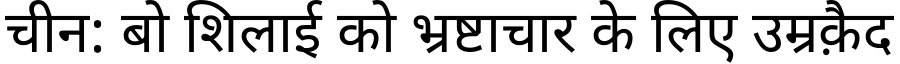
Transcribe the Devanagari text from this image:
चीन: बो शिलाई को भ्रष्टाचार के लिए उम्रक़ैद